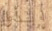
إبدأوا